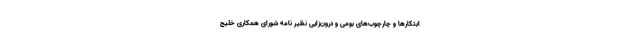
ابتکارها و چارچوب‌های بومی و درون‌زایی نظیر نامه شورای همکاری خلیج